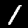
Label: 1